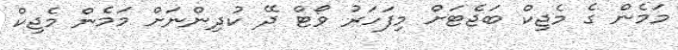
މަމެން ގެ މެޖިކް ބަޖެޓަށް މިފަހަރު ވޯޓް ދޭ ކުދިންނަށް މަމެން މެޖިކް